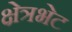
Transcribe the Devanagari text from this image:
क्षेत्रभेट